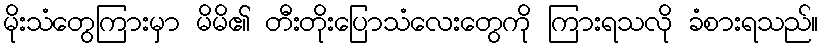
မိုးသံတွေကြားမှာ မိမိ၏ တီးတိုးပြောသံလေးတွေကို ကြားရသလို ခံစားရသည်။